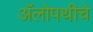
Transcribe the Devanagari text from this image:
अॅलोपथीचे